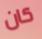
كان